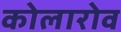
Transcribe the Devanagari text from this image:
कोलारोव